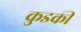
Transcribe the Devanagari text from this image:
कुडकी